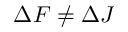
\Delta F \ne \Delta J